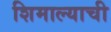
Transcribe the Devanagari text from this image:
शिमाल्याची